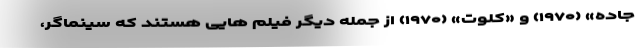
جاده» (۱۹۷۰) و «کلوت» (۱۹۷۰) از جمله دیگر فیلم هایی هستند که سینماگر،